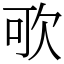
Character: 㰤